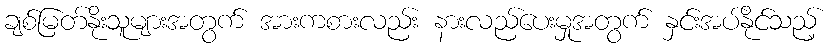
ချစ်မြတ်နိုးသူများအတွက် အားကစားလည်း နားလည်ပေးမှုအတွက် နှင်းအပ်နိုင်သည့်